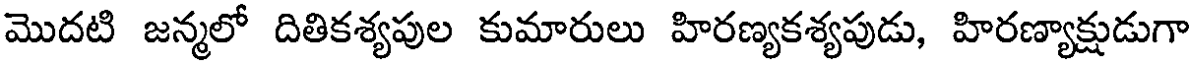
మొదటి జన్మలో దితికశ్యపుల కుమారులు హిరణ్యకశ్యపుడు, హిరణ్యాక్షుడుగా